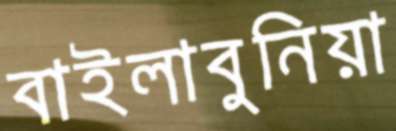
বাইলাবুনিয়া